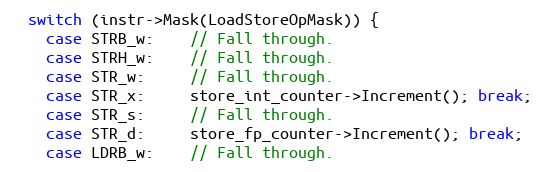
Language: C++
  switch (instr->Mask(LoadStoreOpMask)) {
    case STRB_w:    // Fall through.
    case STRH_w:    // Fall through.
    case STR_w:     // Fall through.
    case STR_x:     store_int_counter->Increment(); break;
    case STR_s:     // Fall through.
    case STR_d:     store_fp_counter->Increment(); break;
    case LDRB_w:    // Fall through.